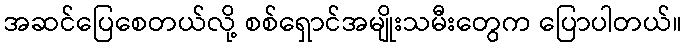
အဆင်ပြေစေတယ်လို့ စစ်ရှောင်အမျိုးသမီးတွေက ပြောပါတယ်။